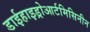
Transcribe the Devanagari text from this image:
डाईहाइड्रोआर्टमिसिनीन